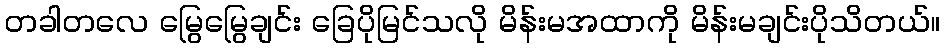
တခါတလေ မြွေမြွေချင်း ခြေပိုမြင်သလို မိန်းမအထာကို မိန်းမချင်းပိုသိတယ်။